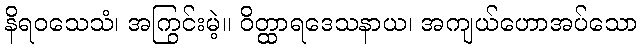
နိရဝသေသံ၊ အကြွင်းမဲ့။ ဝိတ္ထာရဒေသနာယ၊ အကျယ်ဟောအပ်သော